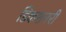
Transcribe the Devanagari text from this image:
डिकशनरी